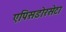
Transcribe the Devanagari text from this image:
एपिसडोरसेटा